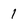
Character: 1